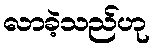
လာခဲ့သည်ဟု